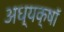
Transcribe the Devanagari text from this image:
अध्यक्षॉ